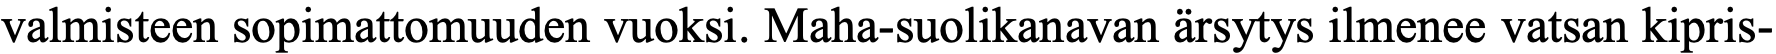
valmisteen sopimattomuuden vuoksi. Maha-suolikanavan ärsytys ilmenee vatsan kipris-